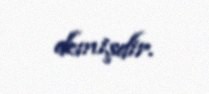
demişdir.